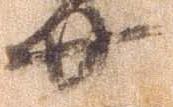
廿